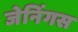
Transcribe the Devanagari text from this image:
जेनिंगस